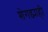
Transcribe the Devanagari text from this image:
शेगड्याही